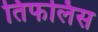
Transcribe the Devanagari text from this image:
तिफलिस